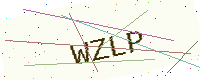
Text: WZLP